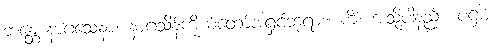
ဘန္တေ နာဂသေနာ၊ နာဂသိန်ကိုယ်တော်အရှင်ဘုရား။ ကိံ၊ အသို့ပါနည်း၊ ပဌမံ၊